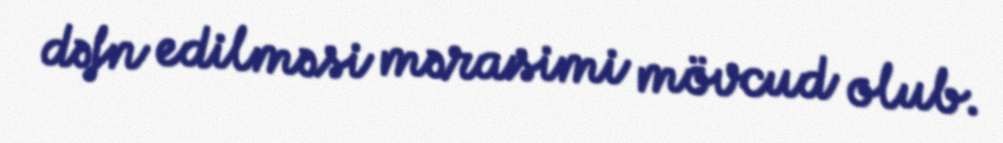
dəfn edilməsi mərasimi mövcud olub.